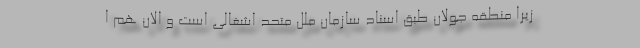
زیرا منطقه جولان طبق اسناد سازمان ملل متحد اشغالی است و الان هم ا